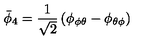
\bar { \phi } _ { 4 } = { \frac { 1 } { \sqrt 2 } } \left( \phi _ { \phi \theta } - \phi _ { \theta \phi } \right)